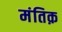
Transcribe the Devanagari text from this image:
मंतिक़